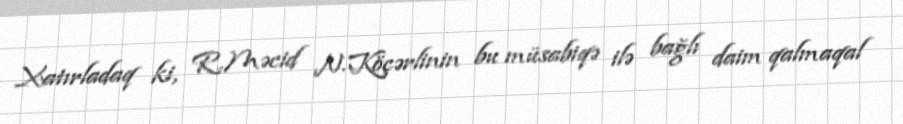
Xatırladaq ki, R.Məcid N.Köçərlinin bu müsabiqə ilə bağlı daim qalmaqal